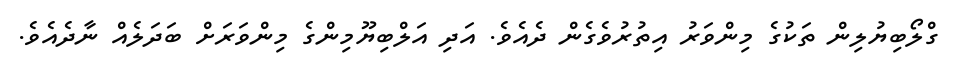
ގްލޯބިޔުލިން ތަކުގެ މިންވަރު އިތުރުވެގެން ދެއެވެ. އަދި އަލްބިޔޫމިންގެ މިންވަރަށް ބަދަލެއް ނާދެއެވެ.